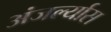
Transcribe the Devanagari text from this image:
अंजर्ल्यास